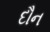
દૌન